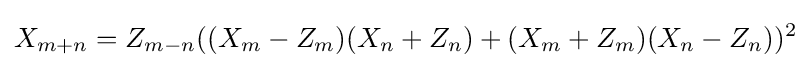
X_{m+n}=Z_{m-n}((X_{m}-Z_{m})(X_{n}+Z_{n})+(X_{m}+Z_{m})(X_{n}-Z_{n}))^{2}